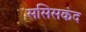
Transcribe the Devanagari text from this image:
ससिसकंद